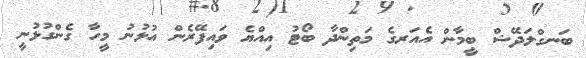
ބަނގްލަދޭޝް ބީމާން އެއަރގެ މަތިންދާ ބޯޓު އިއްޔެ ވައިފޭރެން އުޅުނު މީހާ ގެންގުޅުނީ